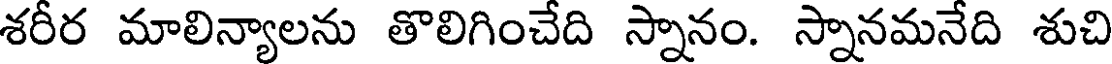
శరీర మాలిన్యాలను తొలిగించేది స్నానం. స్నానమనేది శుచి